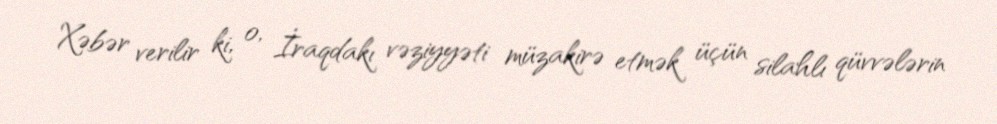
Xəbər verilir ki, o, İraqdakı vəziyyəti müzakirə etmək üçün silahlı qüvvələrin